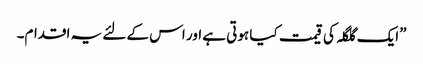
”ایک گلگلہ کی قیمت کیا ہوتی ہے اور اس کے لئے یہ اقدام۔